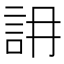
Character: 䛁